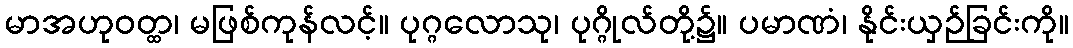
မာအဟုဝတ္ထ၊ မဖြစ်ကုန်လင့်။ ပုဂ္ဂလောသု၊ ပုဂ္ဂိုလ်တို့၌။ ပမာဏံ၊ နိုင်းယှဉ်ခြင်းကို။